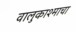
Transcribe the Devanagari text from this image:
वालुकाश्माचा